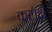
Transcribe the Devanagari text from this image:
कटाक्षे